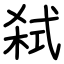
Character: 弑